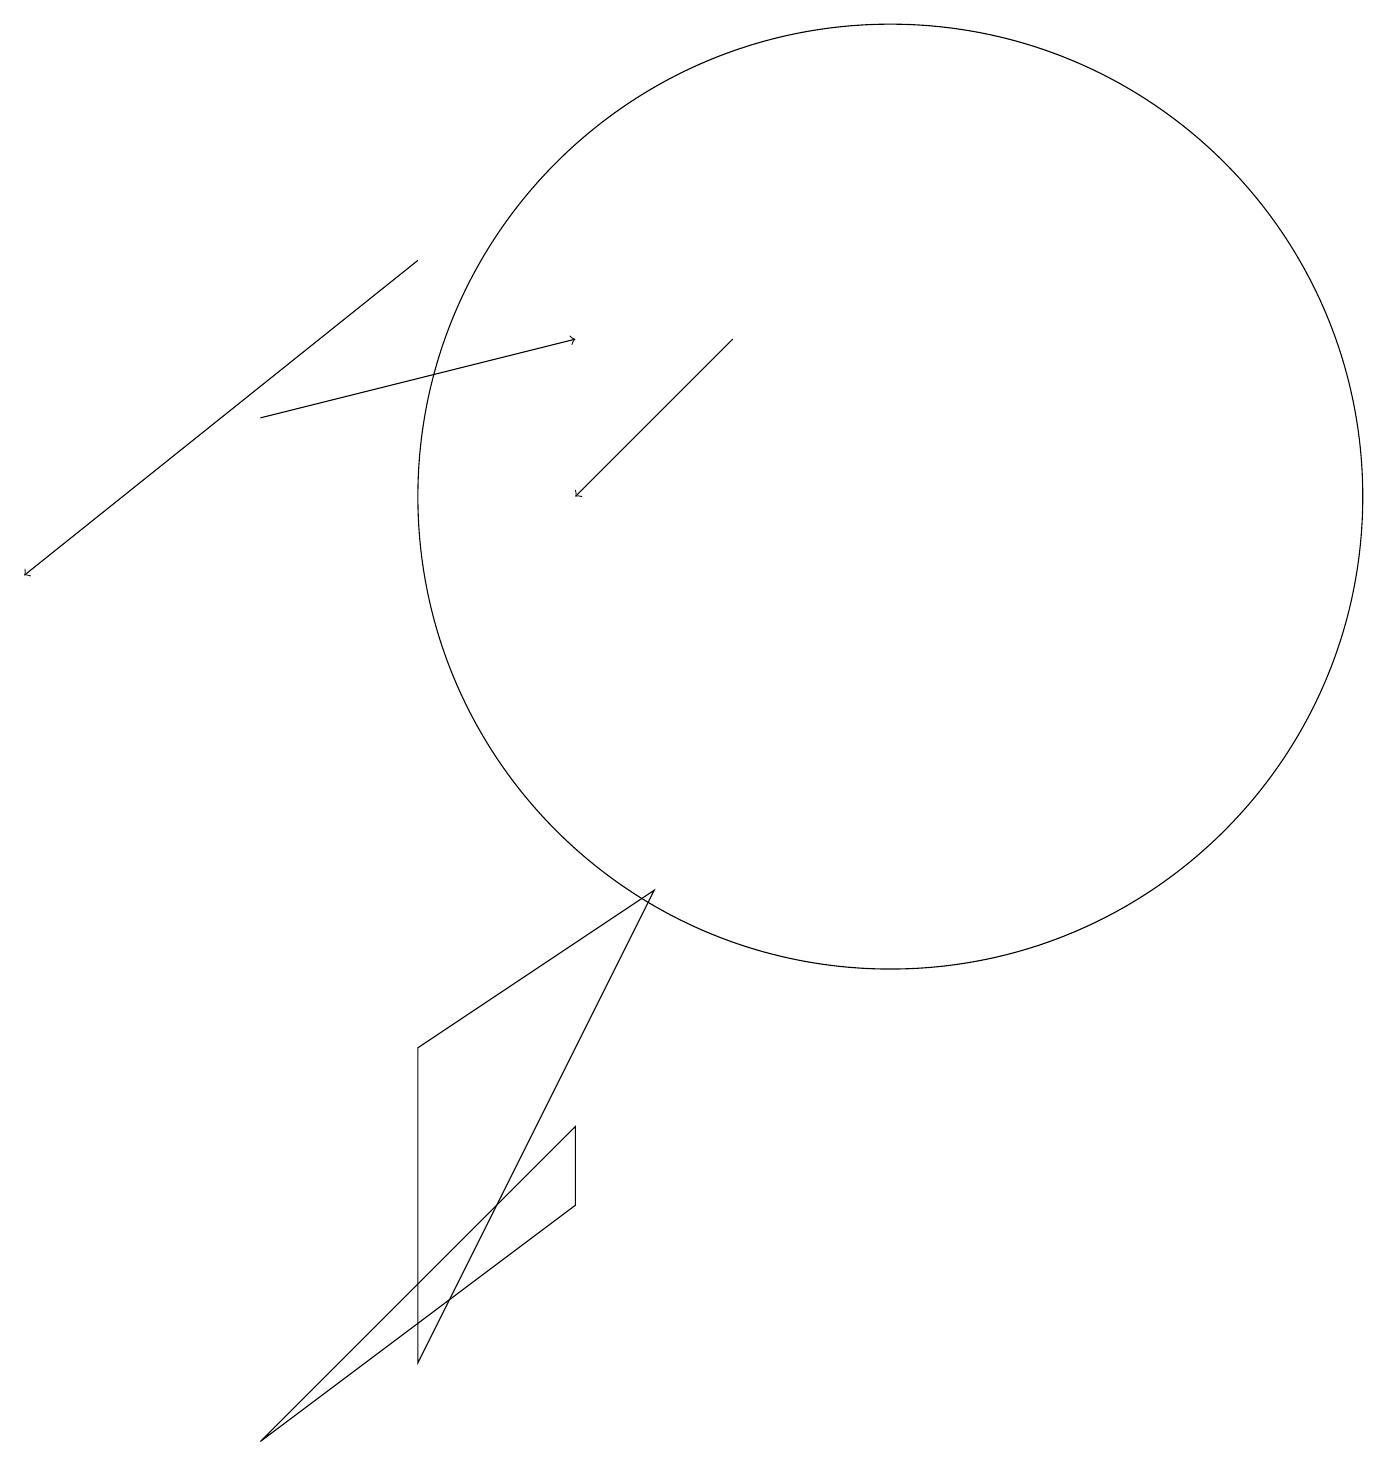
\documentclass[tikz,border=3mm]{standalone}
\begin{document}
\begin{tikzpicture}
\draw (7,3) -- (7,4) -- (3,0) -- cycle;
\draw (5,5) -- (8,7) -- (5,1) -- cycle;
\draw[->] (9,14) -- (7,12);
\draw[->] (3,13) -- (7,14);
\draw (11,12) circle (6);
\draw[->] (5,15) -- (0,11);
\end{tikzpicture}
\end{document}